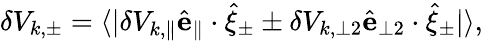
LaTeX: \begin{array}{r}{\delta V_{k,\pm}=\langle|\delta V_{k,\parallel}\hat{\mathbf{e}}_{\parallel}\cdot\hat{\mathbf{\xi}}_{\pm}\pm\delta V_{k,\perp 2}\hat{\mathbf{e}}_{\perp 2}\cdot\hat{\mathbf{\xi}}_{\pm}|\rangle,}\end{array}